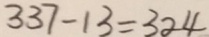
3 3 7 - 1 3 = 3 2 4